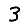
Digit: 3